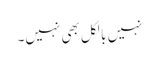
نہیں بالکل بھی نہیں۔